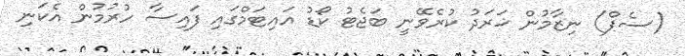
(ސެޕް) ނިޒާމުން ޚަރަދު ކުރެވޭނީ ބަޖެޓު ކޯޑު އައިޓަމްގައި ފައިސާ ހުރުމުން އެކަނި